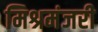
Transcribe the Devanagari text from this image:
मिश्रमंजरी